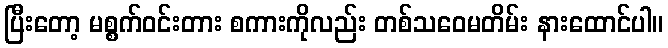
ပြီးတော့ မစ္စက်ဝင်းတား စကားကိုလည်း တစ်သဝေမတိမ်း နားထောင်ပါ။